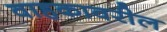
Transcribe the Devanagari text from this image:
वाहकावरील